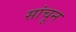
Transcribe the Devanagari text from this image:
सांचून